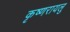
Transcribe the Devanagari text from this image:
कृष्णरायलु